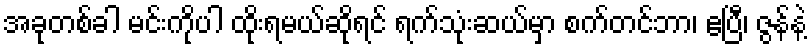
အခုတစ်ခါ မင်းကိုပါ ထိုးရမယ်ဆိုရင် ရက်သုံးဆယ်မှာ စက်တင်ဘာ၊ ဧပြီ၊ ဇွန်နဲ့